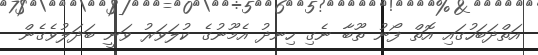
އަތްދަބަހުގައި އޮތް ފޯނު ތޫބާ ނެގި ހިނދު އެމޫނުގެ ކުލަވަރު ވަނީ ބަދަލުވެގެން